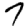
Digit: 7